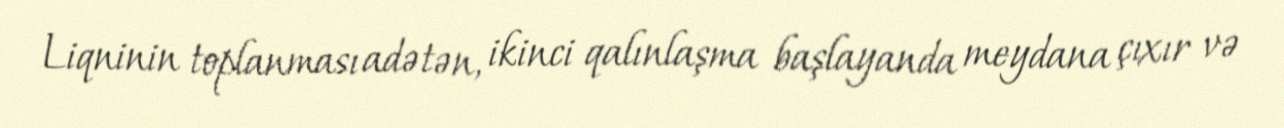
Liqninin toplanması adətən, ikinci qalınlaşma başlayanda meydana çıxır və